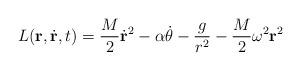
LaTeX: \begin{align*}L( {\bf r}, \dot{\bf r}, t) = \frac{M}{2} \dot{\bf r}^2 - \alpha \dot{\theta}- \frac{g}{r^2} - \frac{M}{2} \omega^2 {\bf r}^2\end{align*}